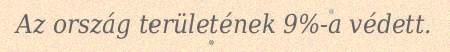
Az ország területének 9%-a védett.